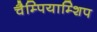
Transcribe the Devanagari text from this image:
चैम्पियाम्शिप